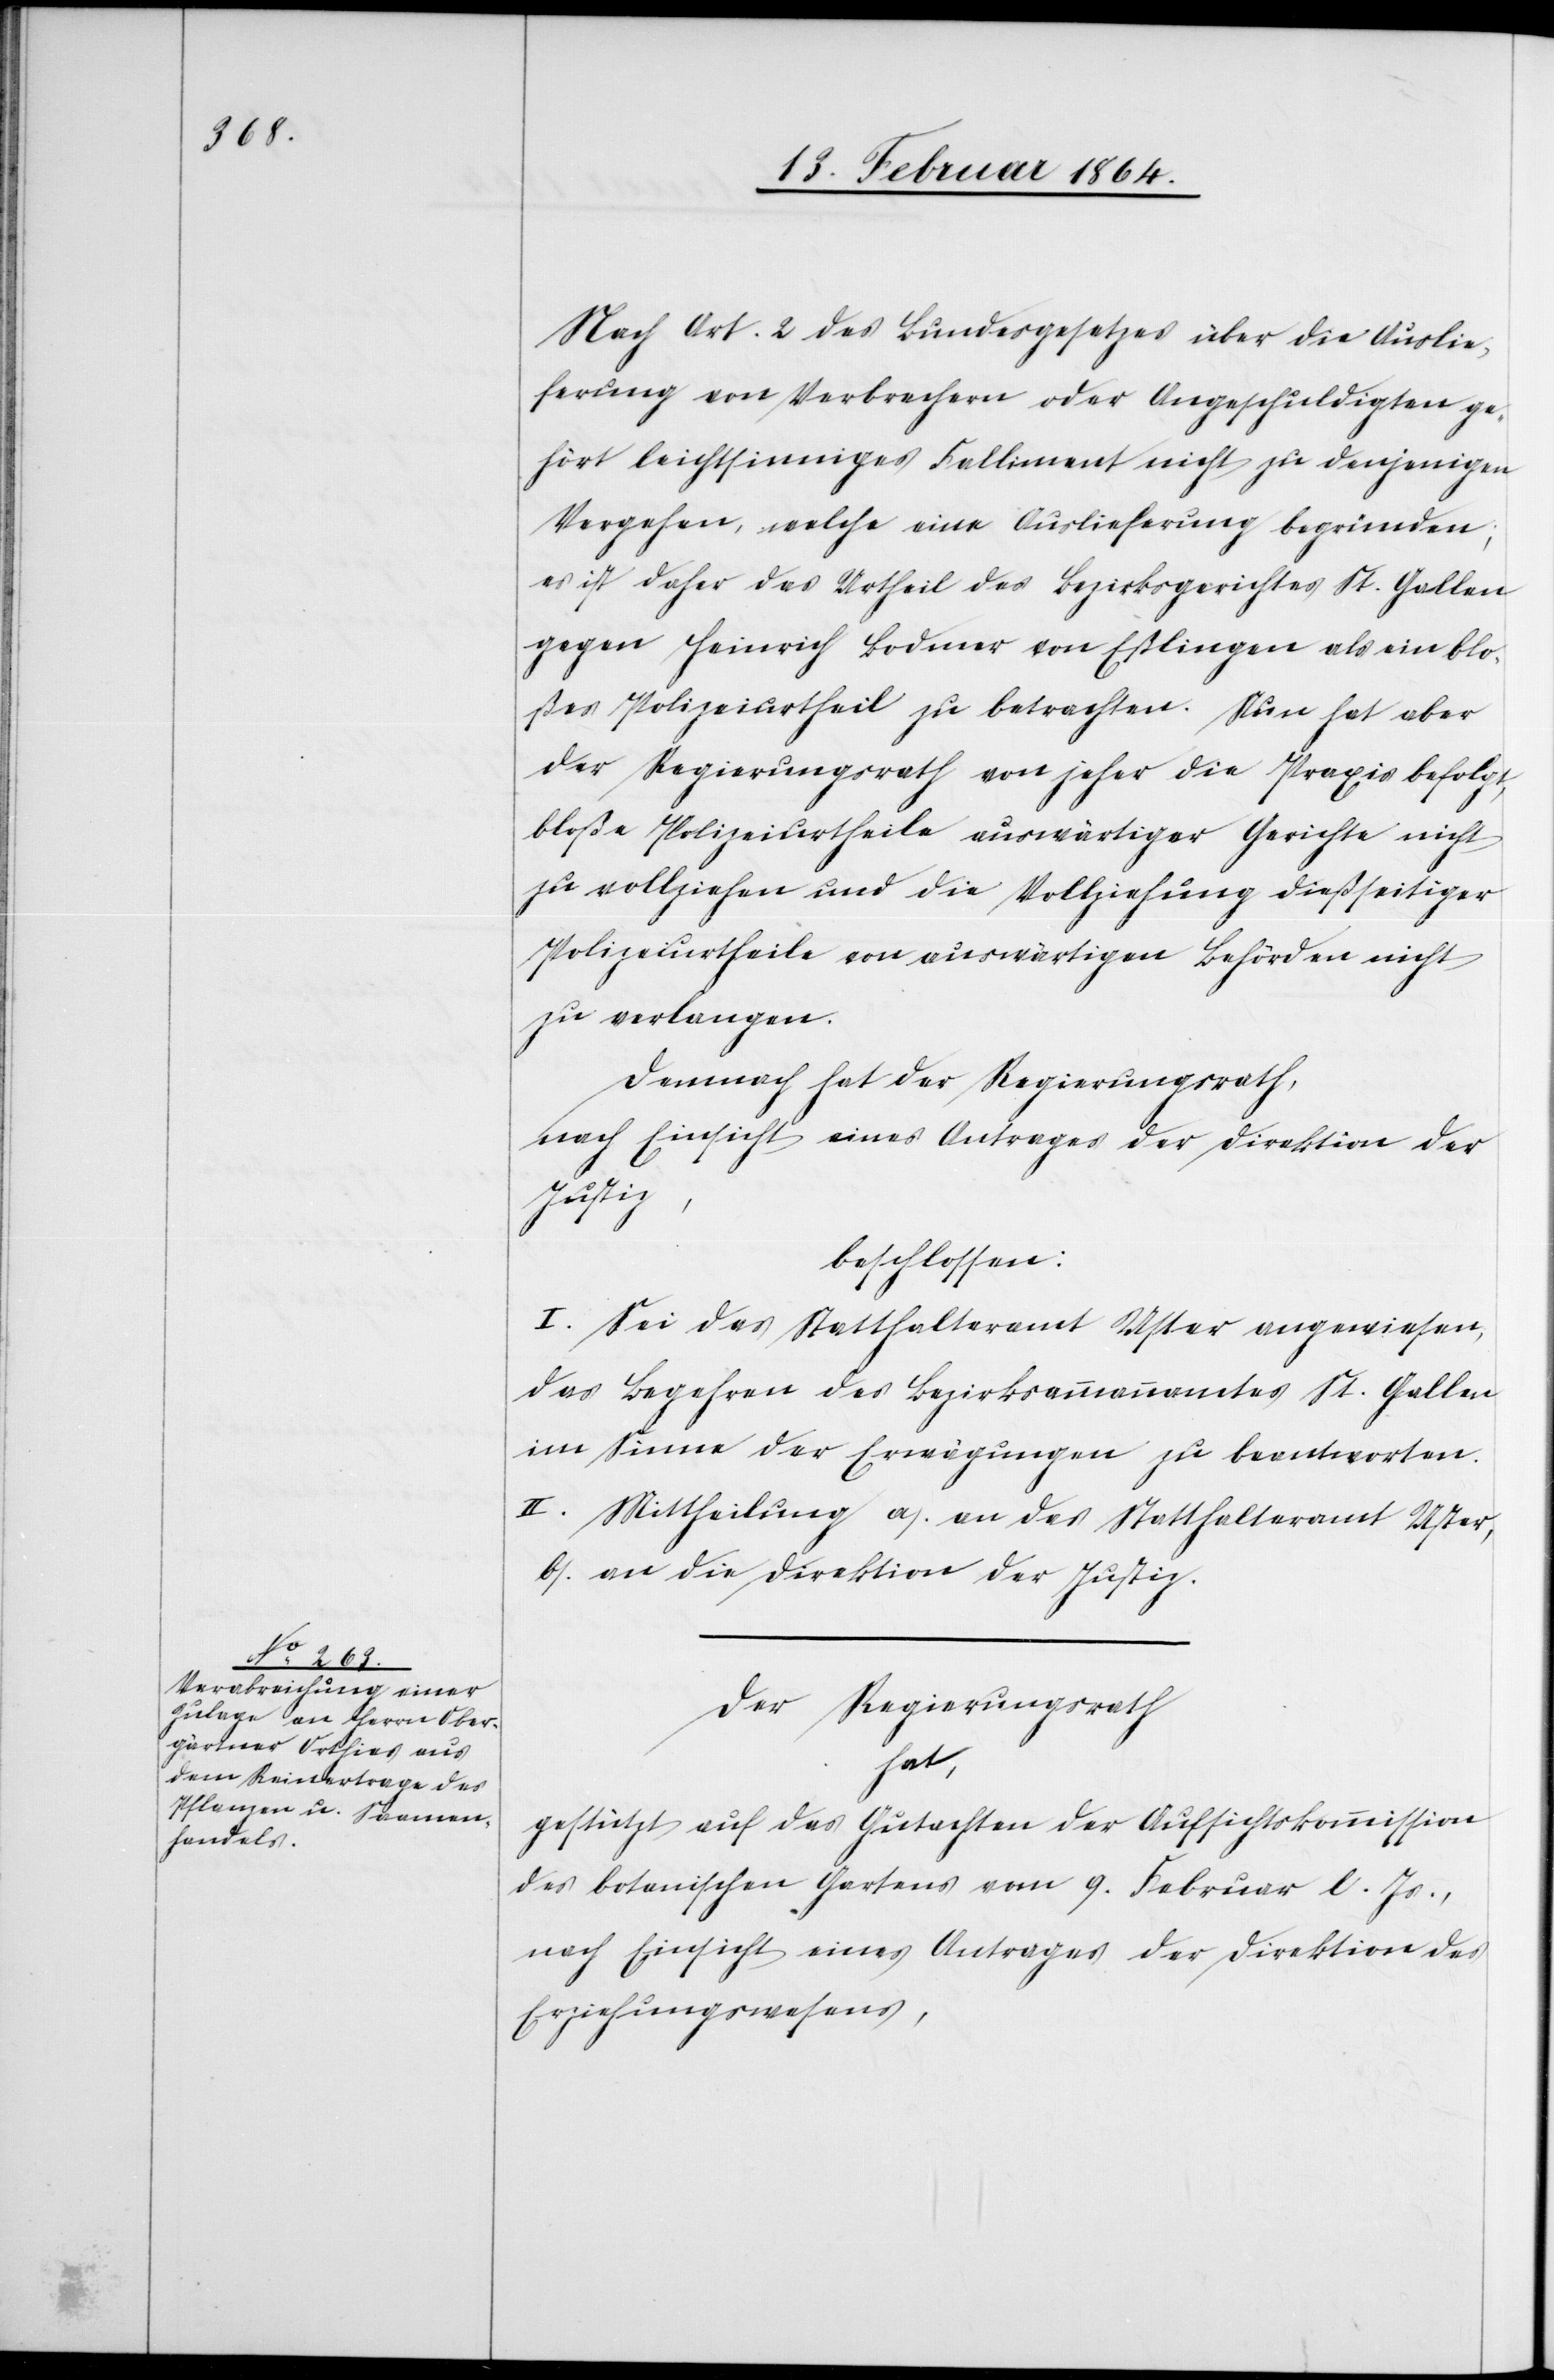
Nach Art. 2 des Bundesgesetzes über die Auslie¬
ferung von Verbrechern oder Angeschuldigten ge¬
hört leichtsinniges Falliment nicht zu denjenigen
Vergehen, welche eine Auslieferung begründen;
es ist daher das Urtheil des Bezirksgerichtes St. Gallen
gegen Heinrich Bodmer von Eßlingen als ein blo¬
ßes Polizeiurtheil zu betrachten. Nun hat aber
der Regierungsrath von jeher die Praxis befolgt,
bloße Polizeiurtheile auswärtiger Gerichte nicht
zu vollziehen und die Vollziehung dießseitiger
Polizeiurtheile von auswärtigen Behörden nicht
zu verlangen.
Demnach hat der Regierungsrath,
nach Einsicht eines Antrages der Direktion der
Justiz,
beschlossen:
I. Sei das Statthalteramt Uster angewiesen,
das Begehren des Bezirksammannamtes St. Gallen
im Sinne der Erwägungen zu beantworten.
II. Mittheilung a.) an das Statthalteramt Uster,
b.) an die Direktion der Justiz.
Der Regierungsrath
hat,
gestützt auf das Gutachten der Aufsichtskommission
des botanischen Gartens vom 9. Februar l. Js.,
nach Einsicht eines Antrages der Direktion des
Erziehungswesens,